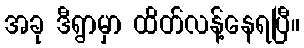
အခု ဒီရွာမှာ ထိတ်လန့်နေရပြီ။